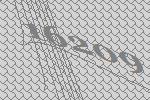
16209